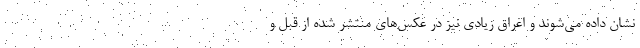
نشان داده می‌شوند و اغراق زیادی نیز در عکس‌های منتشر شده از قبل و